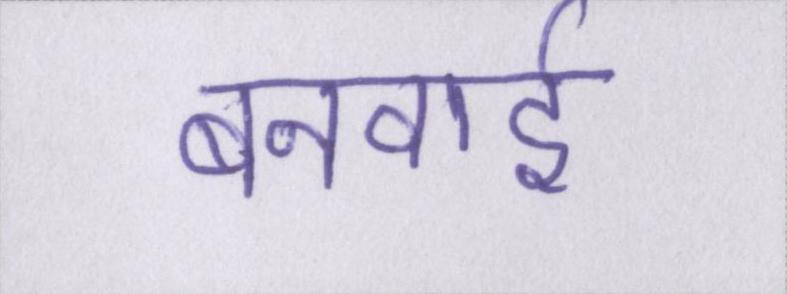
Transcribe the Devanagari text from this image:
बनवाई